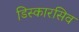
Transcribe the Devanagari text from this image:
डिस्कारसिव